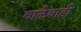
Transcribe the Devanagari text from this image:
बाळेवाडी